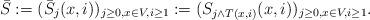
LaTeX: \begin{align*} \bar S:=(\bar S_j(x,i))_{j\ge 0,x\in V,i\ge 1}:=(S_{j\wedge T(x,i)}(x,i))_{j\ge 0,x\in V,i\ge 1}.\end{align*}